65_HS1-834228961_62-HQ-83894_Section_4
Agency: FBI
Page 166
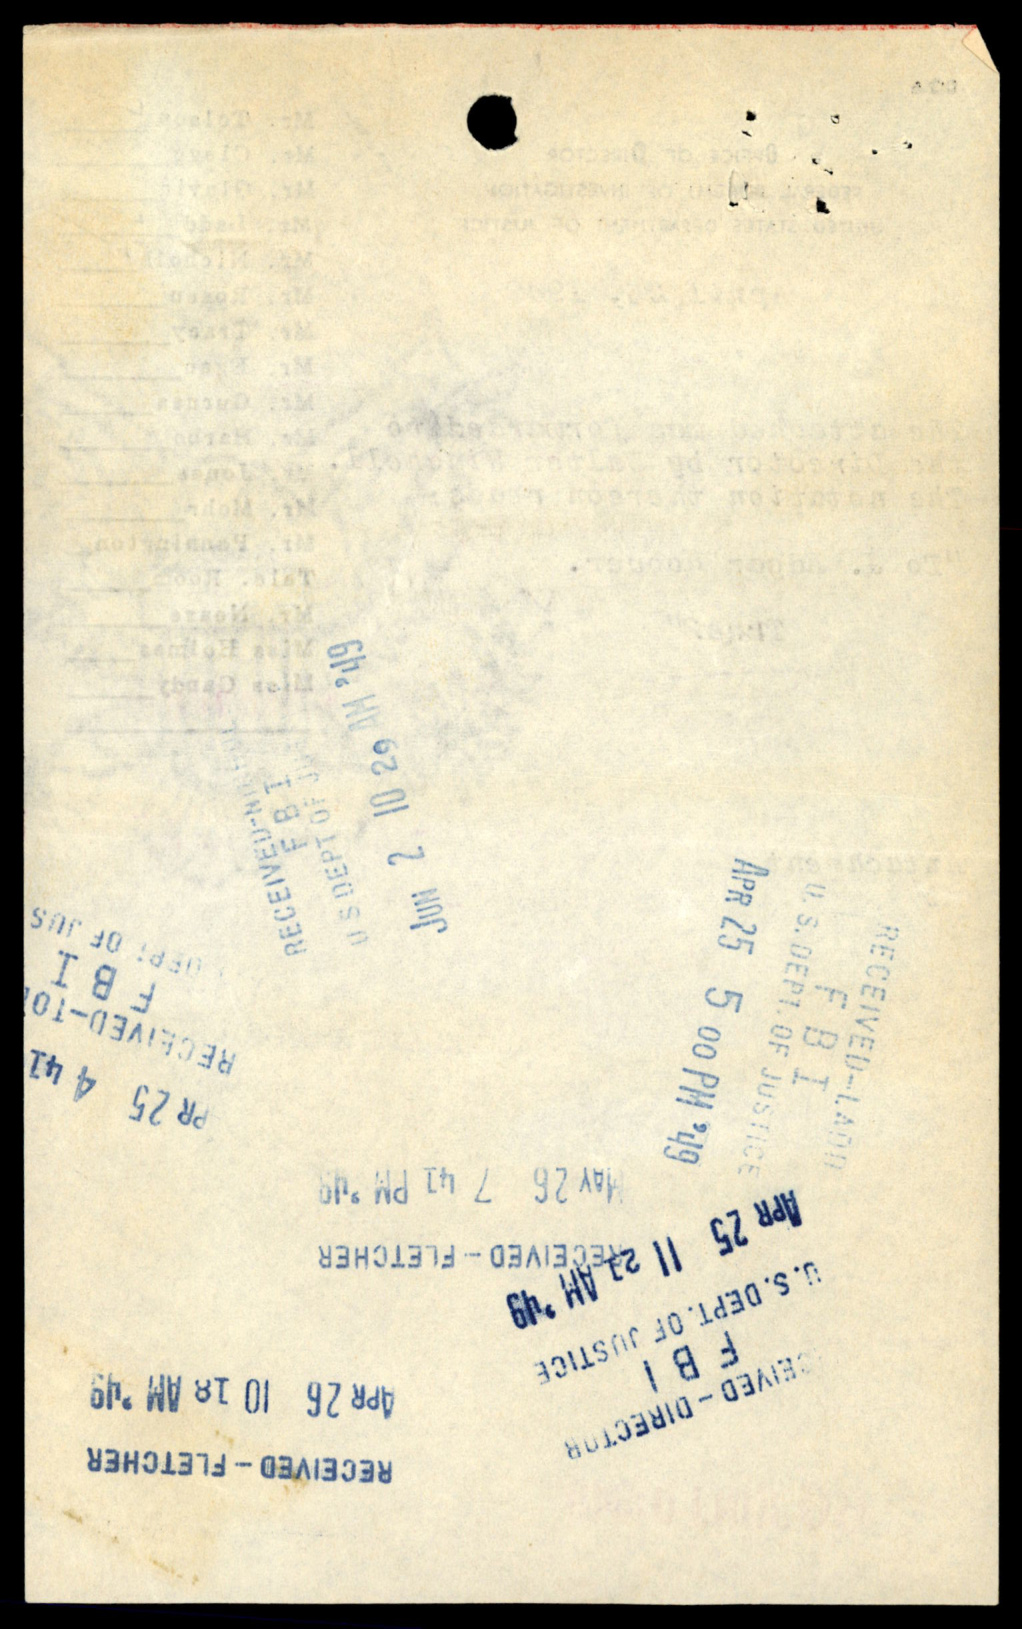